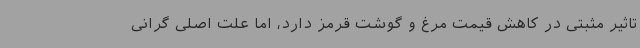
تاثیر مثبتی در کاهش قیمت مرغ و گوشت قرمز دارد، اما علت اصلی گرانی